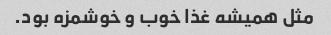
مثل همیشه غذا خوب و خوشمزه بود.